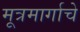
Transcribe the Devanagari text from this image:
मूत्रमार्गाचे